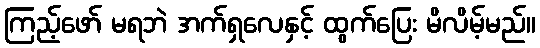
ကြည့်ဖော် မရဘဲ အက်ရှလေနှင့် ထွက်ပြေး မိလိမ့်မည်။